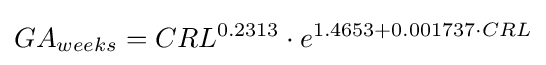
GA_{weeks}=CRL^{0.2313}\cdot e^{1.4653+0.001737\cdot CRL}